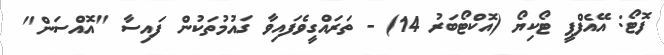
ފޮޓޯ: އޭއެފްޕީ ޓޯކިޔޯ (އޮކްޓޯބަރު 14) - ތަރައްގީވެފައިވާ ގައުމުތަކުން ފައިސާ "އޮއްސަން"